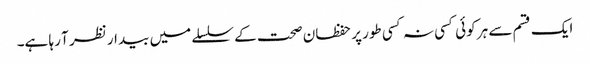
ایک قسم سے ہر کوئی کسی نہ کسی طور پر حفظان صحت کے سلسلے میں بیدار نظر آ رہا ہے۔